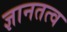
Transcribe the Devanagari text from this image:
ज्ञानतत्व